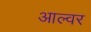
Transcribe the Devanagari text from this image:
आल्वर